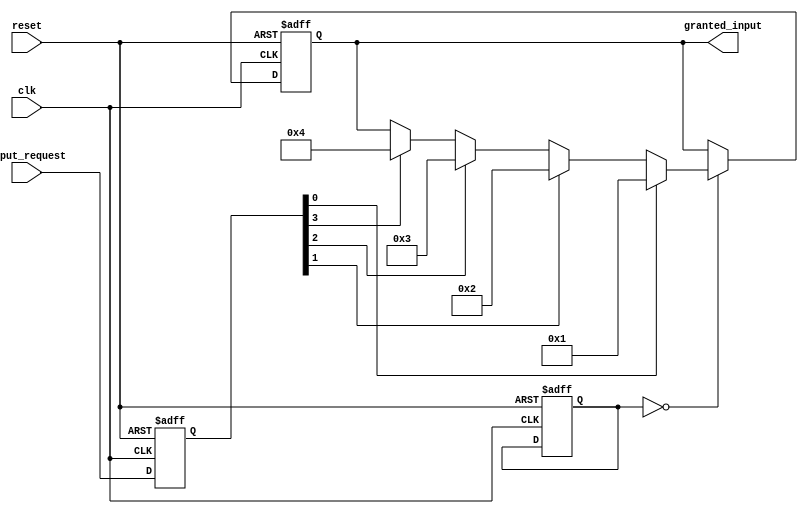
module priority_arbiter (
    input wire clk,
    input wire reset,
    input wire [N-1:0] input_request,
    output wire [N-1:0] granted_input
);

parameter N = 4; // Number of input signals
reg [N-1:0] priority;
reg [N-1:0] input_sampled;
reg [N-1:0] granted_input_reg;

always @(posedge clk or posedge reset) begin
    if (reset) begin
        priority <= 0;
        input_sampled <= 0;
        granted_input_reg <= 0;
    end else begin
        // Sample input signals
        input_sampled <= input_request;
        
        // Priority logic
        case (priority)
            0: begin
                if (input_sampled[0]) begin
                    granted_input_reg <= 1;
                end else if (input_sampled[1]) begin
                    granted_input_reg <= 2;
                end else if (input_sampled[2]) begin
                    granted_input_reg <= 3;
                end else if (input_sampled[3]) begin
                    granted_input_reg <= 4;
                end
            end
            // Add more priority levels as needed
        endcase
    end
end

assign granted_input = granted_input_reg;

endmodule